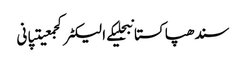
سندھپاکستانبجلیکے الیکٹرکجمعیتپانی